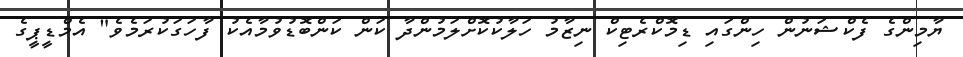
ޔާމިންގެ ފެކްޝަނުން ހިންގައި ޑިމޮކްރެޓިކް ނިޒާމު ހަލާކުކޮށްލަމުންދާ ކަން ކަންބޮޑުވުމާއެކު ފާހަގަކުރަމެވެ" އެމްޑީޕީގެ